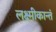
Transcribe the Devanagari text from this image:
लक्ष्मीकान्तं